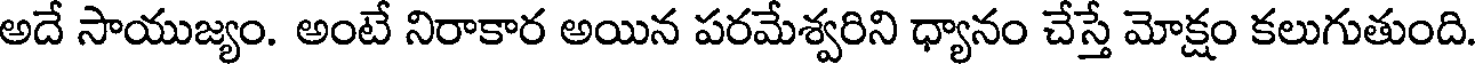
అదే సాయుజ్యం. అంటే నిరాకార అయిన పరమేశ్వరిని ధ్యానం చేస్తే మోక్షం కలుగుతుంది